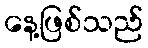
နေ့ဖြစ်သည်